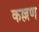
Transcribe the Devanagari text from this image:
कल्लण